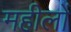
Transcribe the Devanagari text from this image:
महीलों